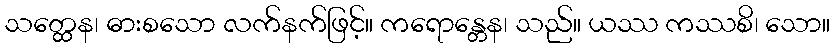
သတ္ထေန၊ ဓားစသော လက်နက်ဖြင့်။ ကရောန္တေန၊ သည်။ ယဿ ကဿစိ၊ သော။